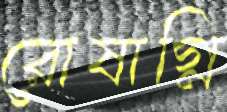
রোষাগ্নি